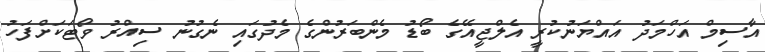
އާސިމް އަހްމަދު އައްޔަނުކުރީ އެލްޖީއޭގެ ބޯޑު މެންބަރުންގެ މެދުގައި ނެގުނު ސިއްރު ވޯޓަކަށްފަހު